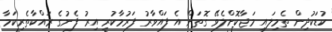
ކުޑަކުދިން ތެމިލައި މަޖާކޮށްލެވޭ ގޮތަށް އެ ފައްވާރު ފަރުމާކުރި އިރު ފެނުގެ ރައްކާތެރިކަމާ